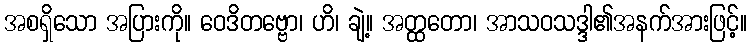
အစရှိသော အပြားကို။ ဝေဒိတဗ္ဗော၊ ဟိ၊ ချဲ့။ အတ္ထတော၊ အာသဝသဒ္ဒါ၏အနက်အားဖြင့်။